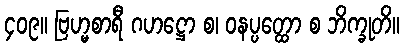
၄၀၉။ ဗြဟ္မစာရီ ဂဟဋ္ဌော စ၊ ဝနပ္ပတ္ထော စ ဘိက္ခုတိ။